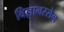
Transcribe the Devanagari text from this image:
विज्ञानरसेन